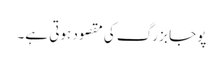
پوجا بزرگ کی مقصود ہوتی ہے۔